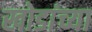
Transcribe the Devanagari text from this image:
खोडांच्या